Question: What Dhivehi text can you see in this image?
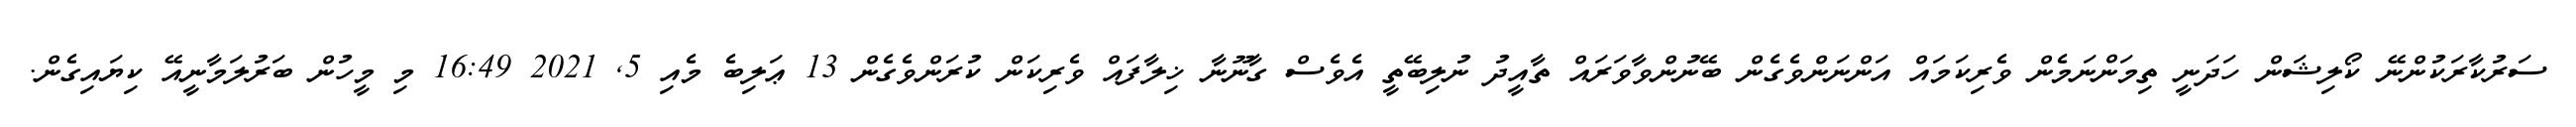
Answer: ސަރުކާރަކުންނޭ ކޯލިޝަން ހަދަނީ ތިމަންނަމެން ވެރިކަމައް އަންނަންވެގެން ބޭނުންވާވަރައް ތާއީދު ނުލިބޭތީ އެވެސް ގާނޫނާ ޚިލާފައް ވެރިކަން ކުރަންވެގެން 13 ޢަލިބެ މެއި 5, 2021 16:49 މި މީހުން ބަރުލަމާނީއޭ ކިޔައިގެން.